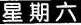
星期六